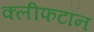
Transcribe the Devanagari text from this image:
क्लीफटॉन